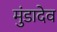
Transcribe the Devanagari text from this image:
मुंडादेव